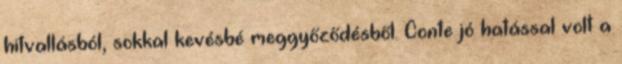
hitvallásból, sokkal kevésbé meggyőződésből. Conte jó hatással volt a